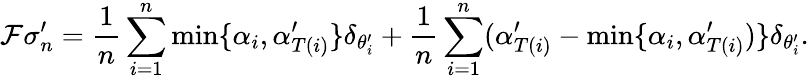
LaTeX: \mathcal{F}\sigma_{n}^{\prime}=\frac{1}{n}\sum_{i=1}^{n}\operatorname*{min}\{ \alpha_{i},\alpha_{T(i)}^{\prime}\} \delta_{\theta_{i}^{\prime}}+\frac{1}{n}\sum_{i=1}^{n}(\alpha_{T(i)}^{\prime}-\operatorname*{min}\{ \alpha_{i},\alpha_{T(i)}^{\prime})\} \delta_{\theta_{i}^{\prime}}.